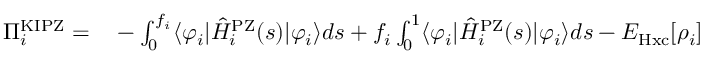
\begin{array} { r l } { \Pi _ { i } ^ { \mathrm { K I P Z } } = } & { { } - \int _ { 0 } ^ { f _ { i } } \langle \varphi _ { i } | \hat { H } _ { i } ^ { \mathrm { P Z } } ( s ) | \varphi _ { i } \rangle d s + f _ { i } \int _ { 0 } ^ { 1 } \langle \varphi _ { i } | \hat { H } _ { i } ^ { \mathrm { P Z } } ( s ) | \varphi _ { i } \rangle d s - E _ { \mathrm { H x c } } [ \rho _ { i } ] } \end{array}